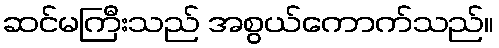
ဆင်မကြီးသည် အစွယ်ကောက်သည်။